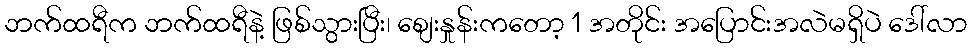
ဘက်ထရီက ဘက်ထရီနဲ့ ဖြစ်သွားပြီး၊ စျေးနှုန်းကတော့ 1 အတိုင်း အပြောင်းအလဲမရှိပဲ ဒေါ်လာ